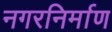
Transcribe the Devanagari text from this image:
नगरनिर्माण